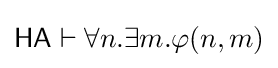
{\mathsf {HA}}\vdash \forall n.\exists m.\varphi (n,m)